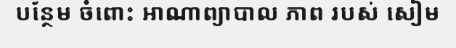
បន្ថែម ចំពោះ អាណាព្យាបាល ភាព របស់ សៀម